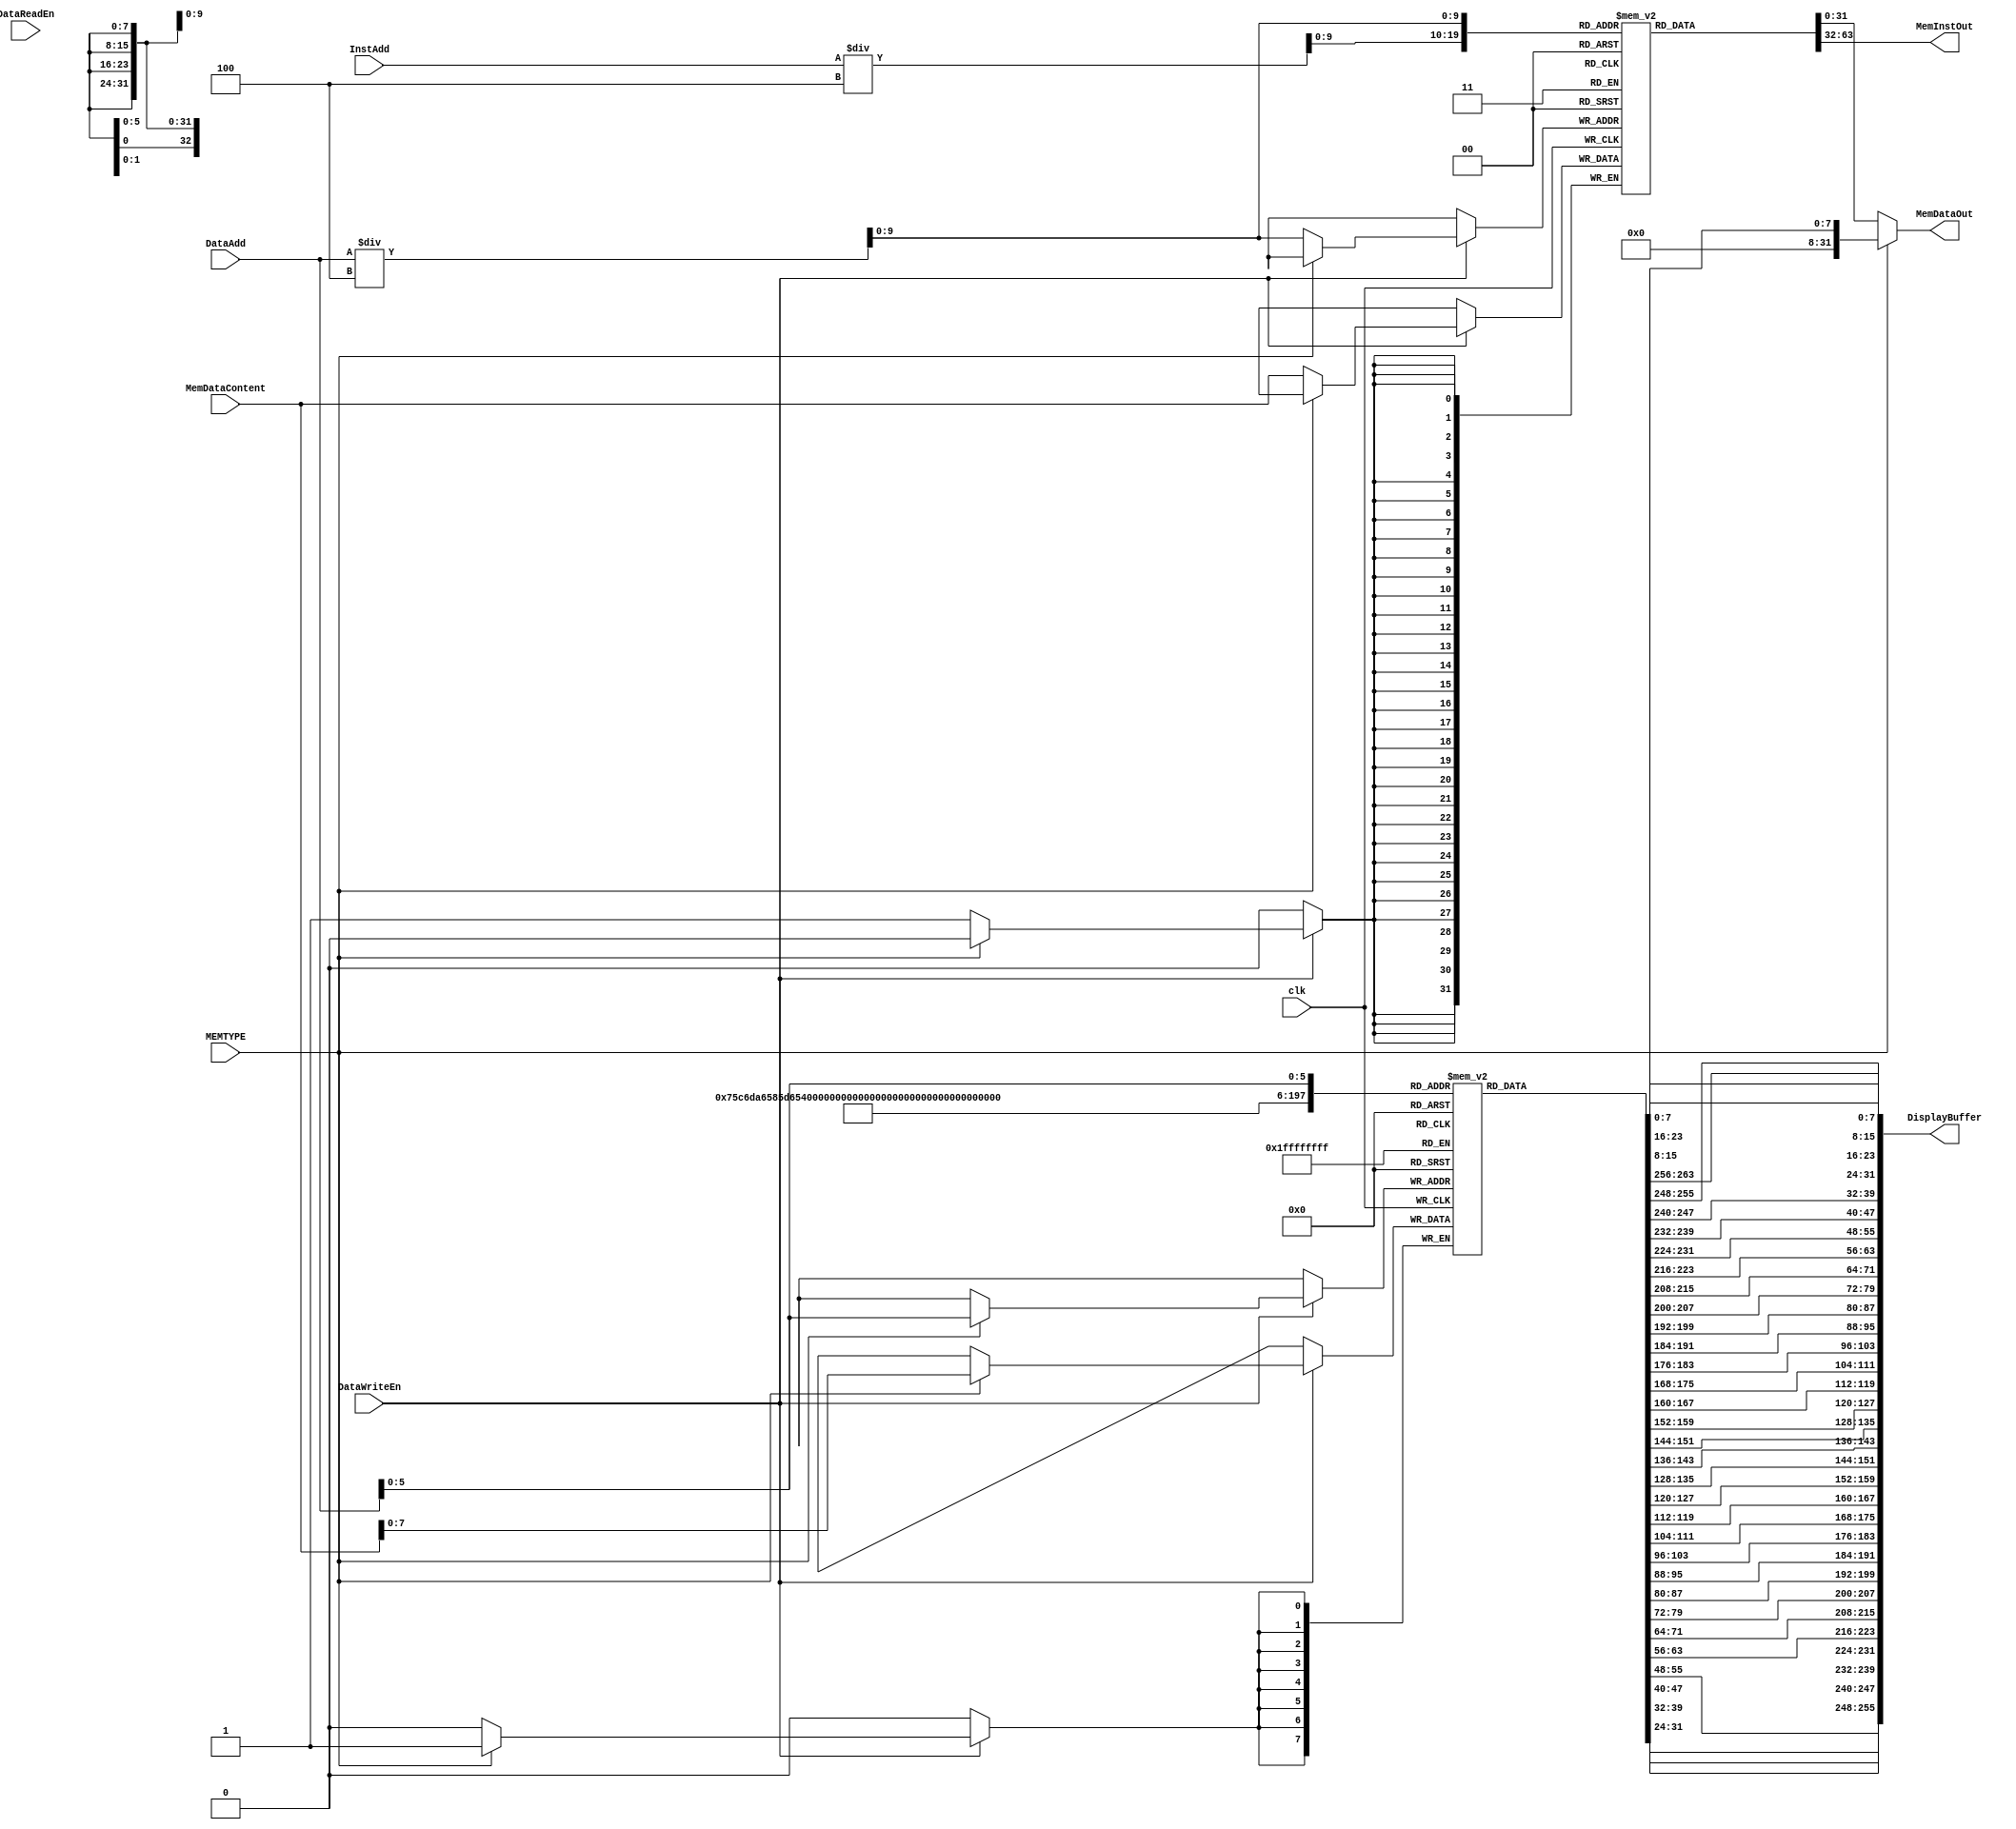
module PowerOfTwoMemory
  #(
    parameter DisplayBufferSize = 256
    )(
      input wire 			clk,
  
      input wire [31:0] 		InstAdd, // Address to fetch instruction from
      input wire [31:0] 		DataAdd, // Address to fetch data from
      input wire [31:0] 		MemDataContent,
  
      input wire 			DataReadEn, // Enables output from memory
      input wire 			DataWriteEn, // Enables writing to memory at end of cur. cycle

      input wire 			MEMTYPE, // Enables writing to memory at end of cur. cycle
  
      output reg [31:0] 		MemDataOut, // Data from memory
      output reg [31:0] 		MemInstOut, // Instruction from memory	
      output wire [DisplayBufferSize-1:0] DisplayBuffer
      );
   
   reg [31:0] 				mem [1023:0];
   reg [7:0] 				dispMem [DisplayBufferSize/8:0];

   genvar i;
   generate
       for (i = 0; i < DisplayBufferSize/8; i = i + 1) begin
	   assign DisplayBuffer[(i+1)*8 - 1 : i*8] = dispMem[DisplayBufferSize/8-i-1][7:0];
       end
   endgenerate

   initial begin
       mem[0] = 32'h77FF0008;
       mem[1] = 32'h77FF0001;
       mem[2] = 32'h77FF0001;
       mem[3] = 32'h77FF0005;
       mem[4] = 32'hD33A0001;
       mem[5] = 32'h7BF90001;
       mem[6] = 32'h77FF0002;
       mem[7] = 32'h031F0000;
       mem[8] = 32'h6FFE0000;
       mem[9] = 32'hc31f0001;
       mem[10] = 32'hC35F0001;
       mem[11] = 32'h8318C000;
       mem[12] = 32'h77DFFFF7;
       mem[13] = 32'h7BF8FFFD;
       mem[14] = 32'hC31F0001;
       mem[15] = 32'h00000000;
   end
   
   always @(posedge clk) begin
       //#1
       if (DataWriteEn) begin
            if (MEMTYPE) begin
                dispMem[DataAdd] = MemDataContent;

            end else begin
                mem[DataAdd/4] = MemDataContent;
            
            end
       end
   end
   
   always @(mem, DataAdd, InstAdd, MEMTYPE) begin
       //#2
       MemInstOut = mem[InstAdd/4];

       if (MEMTYPE) begin
        MemDataOut = dispMem[DataAdd];       
       end else begin
        MemDataOut = mem[DataAdd/4];
       end
   end
endmodule